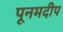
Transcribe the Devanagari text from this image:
पूनमदीप